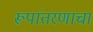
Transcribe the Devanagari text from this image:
रूपांतरणाचा